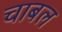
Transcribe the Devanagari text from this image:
चाबल